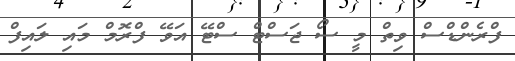
ފްރެންޑްސް ވިތް މީ ސޯ ޖަސްޓް ސްޓޭ އަވޭ ފްރޮމް މައި ލައިފް